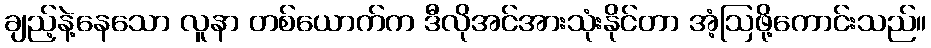
ချည့်နဲ့နေသော လူနာ တစ်ယောက်က ဒီလိုအင်အားသုံးနိုင်တာ အံ့ဩဖို့ကောင်းသည်။